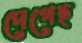
দেগেছ